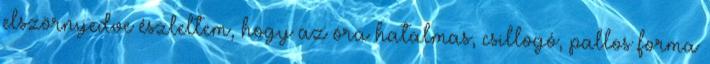
elszörnyedve észleltem, hogy az óra hatalmas, csillogó, pallos forma